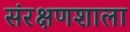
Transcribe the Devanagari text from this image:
संरक्षणशाला